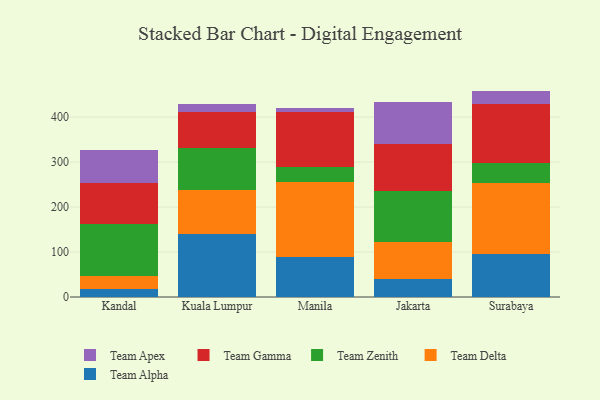
{"axis": {"x": "City", "y": "Website Visitors"}, "legend": ["Team Alpha", "Team Apex", "Team Delta", "Team Gamma", "Team Zenith"], "data": [{"x": "Kandal", "y": 18.0, "type": "Team Alpha"}, {"x": "Kandal", "y": 28.0, "type": "Team Delta"}, {"x": "Kandal", "y": 116.0, "type": "Team Zenith"}, {"x": "Kandal", "y": 91.0, "type": "Team Gamma"}, {"x": "Kandal", "y": 74.0, "type": "Team Apex"}, {"x": "Kuala Lumpur", "y": 140.3, "type": "Team Alpha"}, {"x": "Kuala Lumpur", "y": 97.9, "type": "Team Delta"}, {"x": "Kuala Lumpur", "y": 94.0, "type": "Team Zenith"}, {"x": "Kuala Lumpur", "y": 80.1, "type": "Team Gamma"}, {"x": "Kuala Lumpur", "y": 17.2, "type": "Team Apex"}, {"x": "Manila", "y": 88.8, "type": "Team Alpha"}, {"x": "Manila", "y": 167.4, "type": "Team Delta"}, {"x": "Manila", "y": 32.6, "type": "Team Zenith"}, {"x": "Manila", "y": 121.8, "type": "Team Gamma"}, {"x": "Manila", "y": 9.1, "type": "Team Apex"}, {"x": "Jakarta", "y": 40.4, "type": "Team Alpha"}, {"x": "Jakarta", "y": 81.1, "type": "Team Delta"}, {"x": "Jakarta", "y": 114.5, "type": "Team Zenith"}, {"x": "Jakarta", "y": 104.1, "type": "Team Gamma"}, {"x": "Jakarta", "y": 93.5, "type": "Team Apex"}, {"x": "Surabaya", "y": 96.2, "type": "Team Alpha"}, {"x": "Surabaya", "y": 156.3, "type": "Team Delta"}, {"x": "Surabaya", "y": 45.0, "type": "Team Zenith"}, {"x": "Surabaya", "y": 130.9, "type": "Team Gamma"}, {"x": "Surabaya", "y": 30.0, "type": "Team Apex"}]}